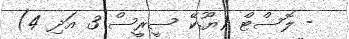
- ލޮސްޓް (ޔޫ.ކޭ ސީރީސް 3 އަދި 4)